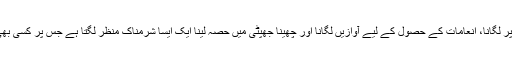
چند انعامات کے لیے اپنی عزتِ نفس اور خودداری کو داؤ پر لگانا، انعامات کے حصول کے لیے آوازیں لگانا اور چھینا جھپٹی میں حصّہ لینا ایک ایسا شرمناک منظر لگتا ہے جسِ پر کسی بھی ذی ہوش اور خوددار شخص کا سرشرم سے جھک جائے۔